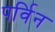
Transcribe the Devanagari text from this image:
पर्विन